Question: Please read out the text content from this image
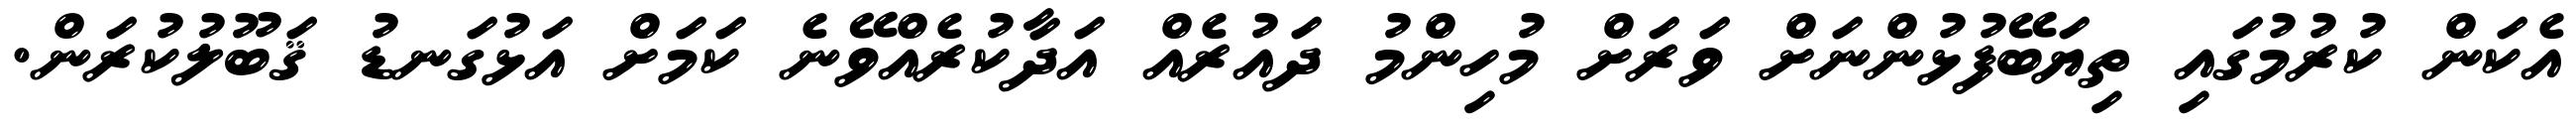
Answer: އެކަން ކުރުމުގައި ތިޔަބޭފުޅުންނަށް ވަރަށް މުހިންމު ދައުރެއް އަދާކުރެއްވޭނެ ކަމަށް އަޅުގަނޑު ޤަބޫލުކުރަން.